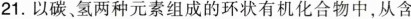
21.以碳。氢两种元素组成的环状有机化合物中，从含